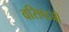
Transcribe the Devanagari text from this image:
वसिष्ठजी